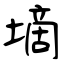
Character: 墑